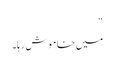
“
میں خاموش رہا۔